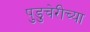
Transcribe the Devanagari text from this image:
पुडुचेरीच्या